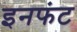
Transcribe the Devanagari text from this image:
इनफंट